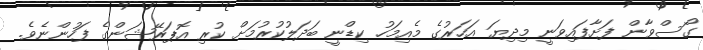
ގޯސްވާން ފަށާފައިވަނީ މިދިޔަ އަހަރުގެ މެއިމަހު ކިޑްނީ ބަދަލުކުރުމަށް ކުރި އޮޕަރޭޝަންގެ ފަހުންނެވެ.